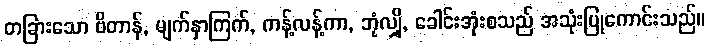
တခြားသော ဗိတာန်, မျက်နှာကြက်, ကန့်လန့်ကာ, ဘုံလျှို, ခေါင်းအုံးစသည် အသုံးပြုကောင်းသည်။